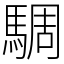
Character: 騆